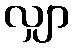
လျှာ